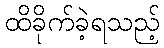
ထိခိုက်ခဲ့ရသည့်